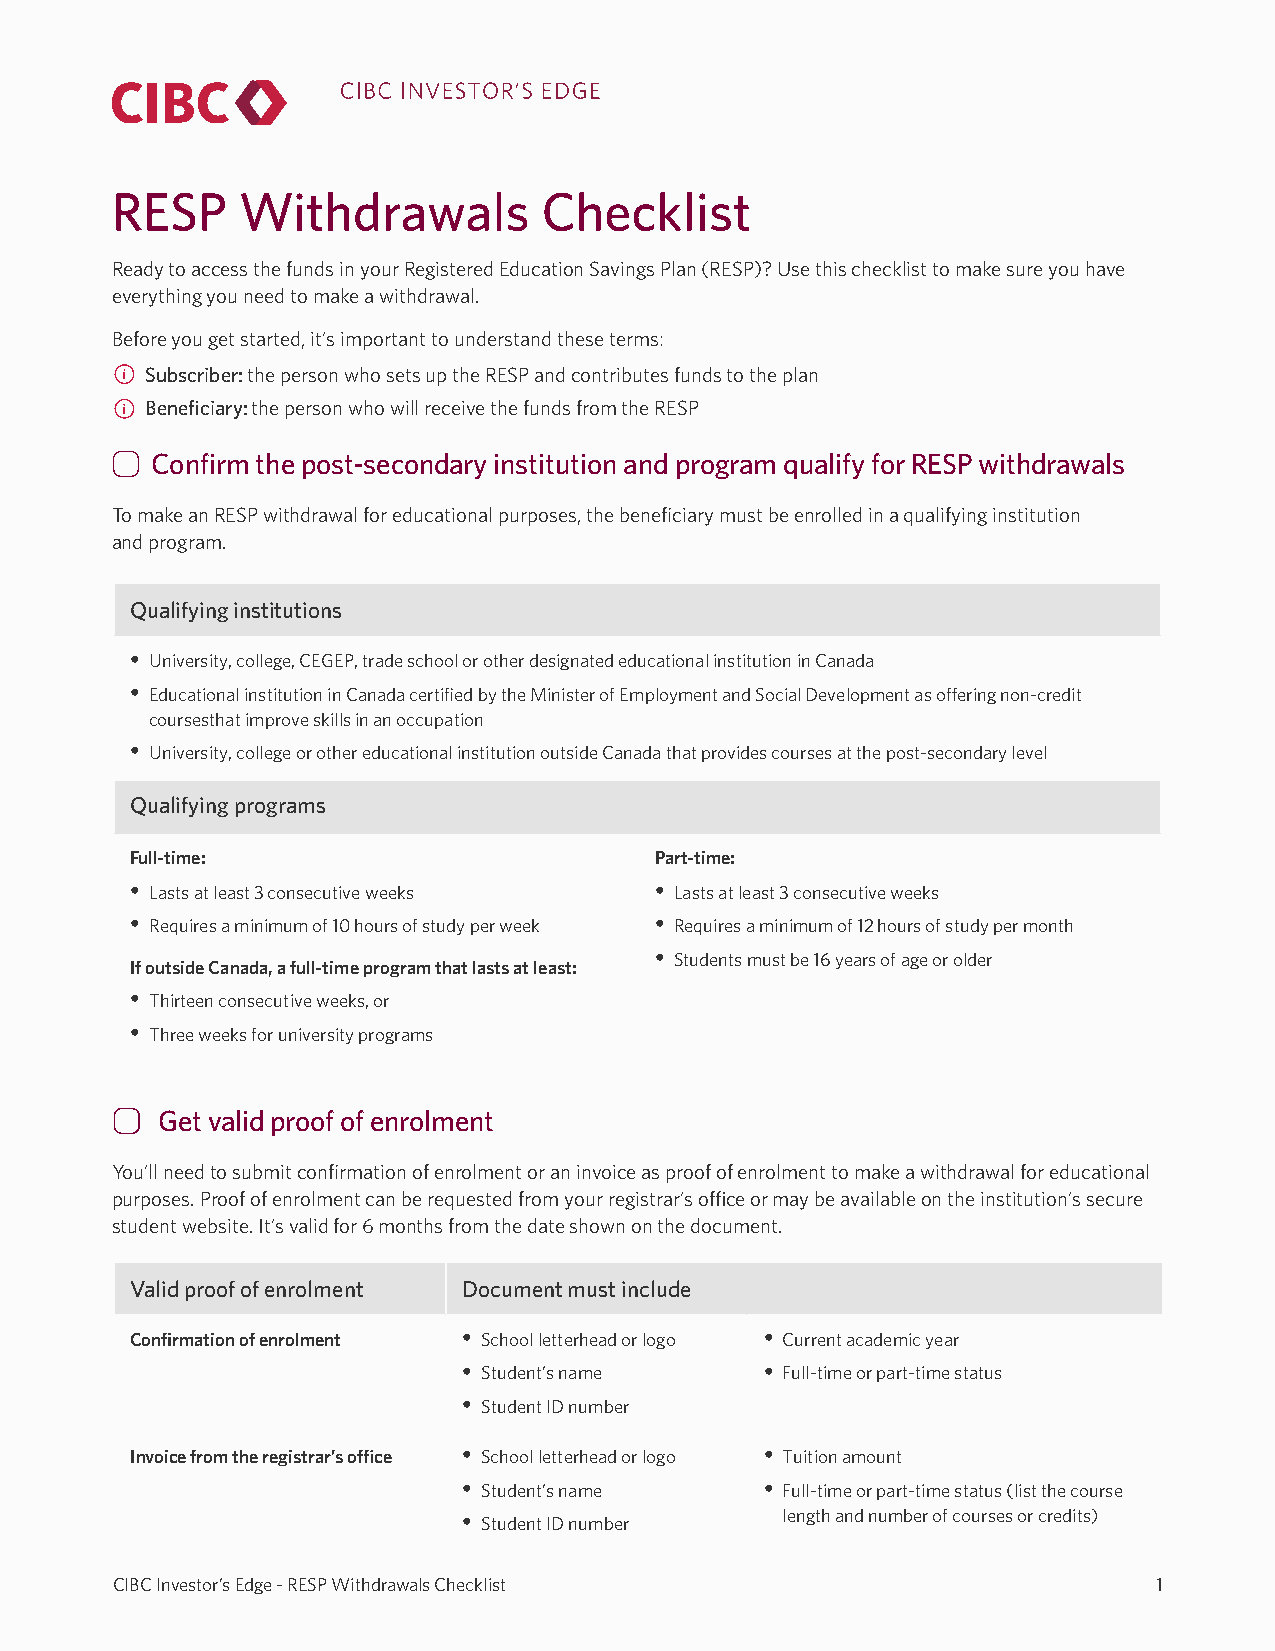
RESP     Withdrawals         Checklist
 Ready to access the funds in your Registered Education Savings Plan (RESP)? Use this checklist to make sure you have
 everything you need to make a withdrawal.
 Before you get started, it’s important to understand these terms:
 Subscriber: the person who sets up the RESP and contributes funds to the plan
 Benefciary: the person who will receive the funds from the RESP
 Confrm the post-secondary institution and program qualify for RESP withdrawals
 To make an RESP withdrawal for educational purposes, the benefciary must be enrolled in a qualifying institution
 and program.
 Qualifying institutions
 • University, college, CEGEP, trade school or other designated educational institution in Canada
 • Educational institution in Canada certifed by the Minister of Employment and Social Development as ofering non-credit
 coursesthat improve skills in an occupation
 • University, college or other educational institution outside Canada that provides courses at the post-secondary level
 Qualifying programs
 Full-time:                        Part-time:
 • Lasts at least 3 consecutive weeks • Lasts at least 3 consecutive weeks
 • Requires a minimum of 10 hours of study per week • Requires a minimum of 12 hours of study per month
 • Students must be 16 years of age or older
 If outside Canada, a full-time program that lasts at least:
 • Thirteen consecutive weeks, or
 • Three weeks for university programs
 Get valid proof of enrolment
 You’ll need to submit confrmation of enrolment or an invoice as proof of enrolment to make a withdrawal for educational
 purposes. Proof of enrolment can be requested from your registrar’s ofce or may be available on the institution’s secure
 student website. It’s valid for 6 months from the date shown on the document.
 Valid proof of enrolment Document must include
 Confrmation of enrolment • School letterhead or logo • Current academic year
 • Student’s name    • Full-time or part-time status
 • Student ID number
 Invoice from the registrar’s ofce • School letterhead or logo • Tuition amount
 • Student’s name    • Full-time or part-time status (list the course
 • Student ID number  length and number of courses or credits)
 CIBC Investor’s Edge - RESP Withdrawals Checklist                     1